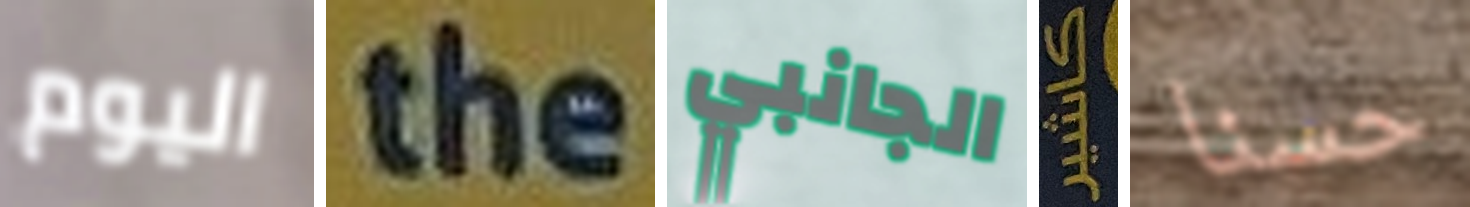
اليوم the الجانبي كاشير حسنا